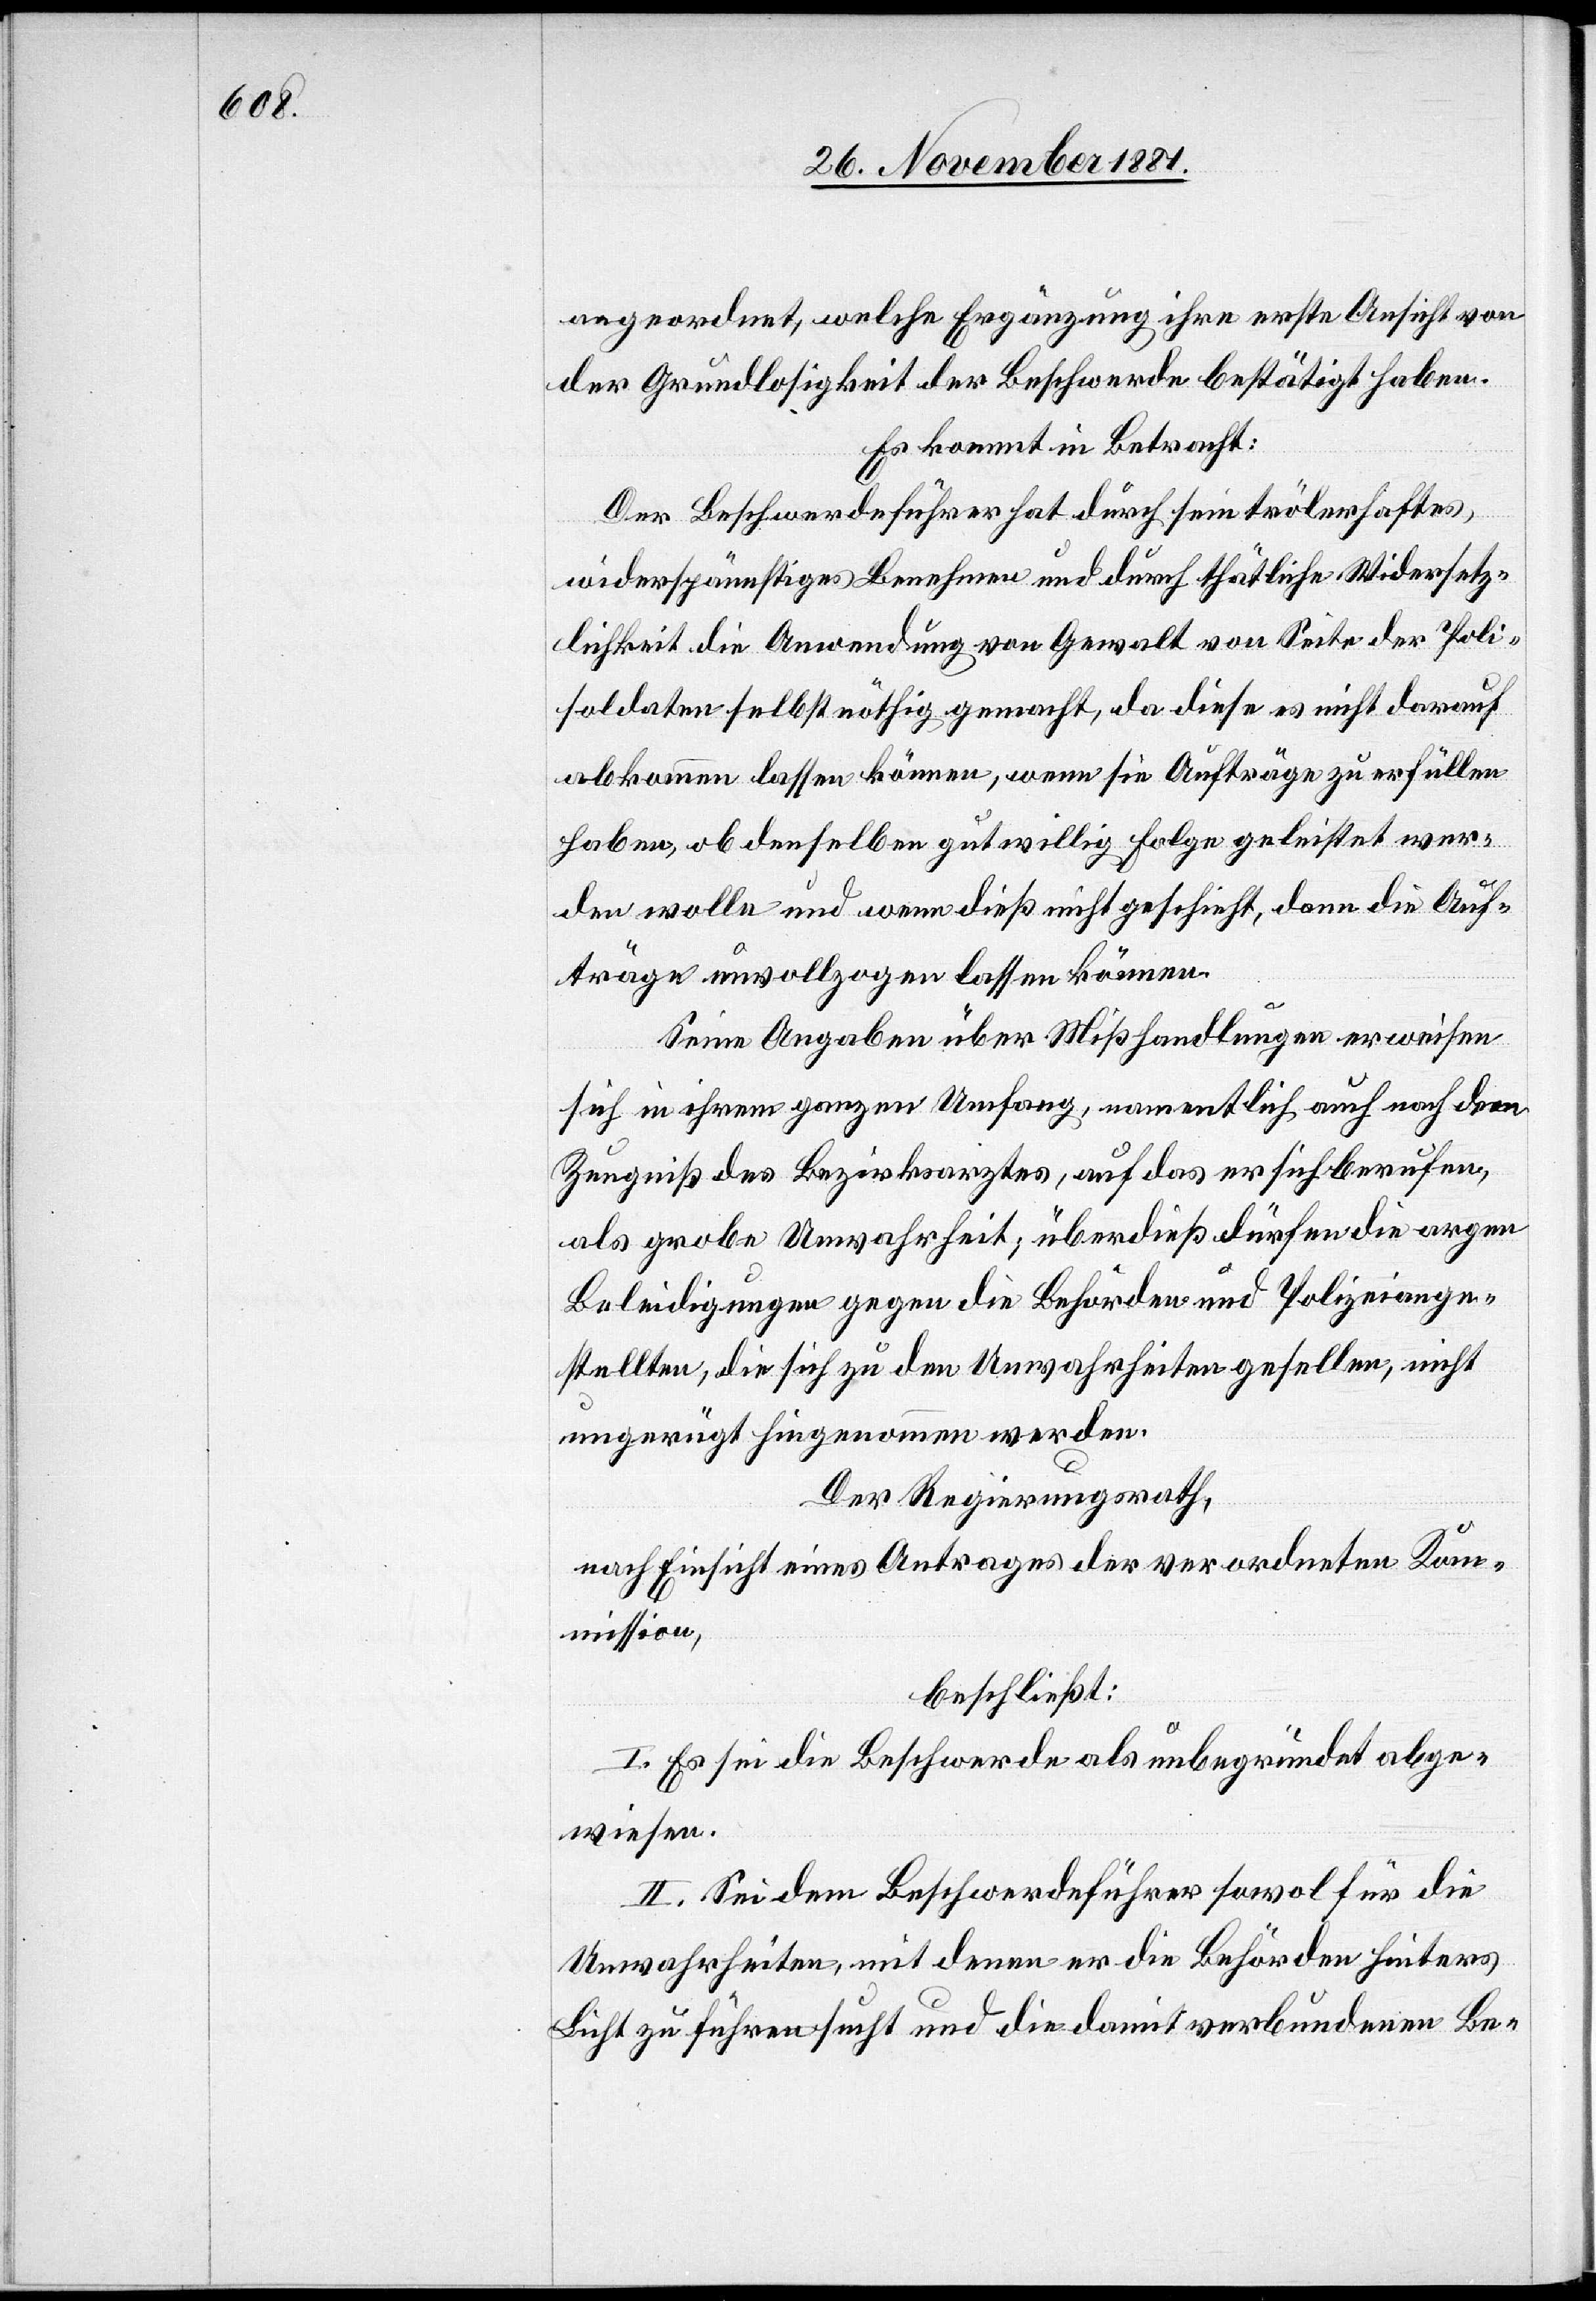
angeordnet, welche Ergänzung ihre erste Ansicht von
der Grundlosigkeit der Beschwerde bestätigt haben.
Es kommt in Betracht:
Der Beschwerdeführer hat durch sein trölerhaftes,
widerspänstiges Benehmen und durch thäthliche Wiedersetz¬
lichkeit die Anwendung von Gewalt von Seite der Poli[ze¬
i]soldaten selbst nöthig gemacht, da diese es nicht darauf
abkommen lassen können, wenn sie Aufträge zu erfüllen
haben, ob denselben gutwillig Folge geleistet wer¬
den wolle und wenn dieß nicht geschieht, dann die Auf¬
träge unvollzogen lassen können.
Seine Angaben über Mißhandlungen erweisen
sich in ihrem ganzen Umfang, namentlich auch nach dem
Zeugniß des Bezirksarztes, auf das er sich berufen,
als grobe Unwahrheit, überdieß dürfen die argen
Beleidigungen gegen die Behörden und Polizeiange¬
stellten, die sich zu den Unwahrheiten gesellen, nicht
ungerügt hingenommen werden.
Der Regierungsrath,
nach Einsicht eines Antrages der verordneten Kom¬
mission,
beschließt:
I. Es sei die Beschwerde als unbegründet abge¬
wiesen.
II. Sei dem Beschwerdeführer sowol für die
Unwahrheiten, mit denen er die Behörden hinters
Licht zu führen sucht und die damit verbundenen Be-